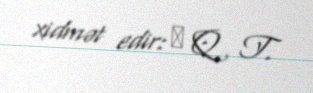
xidmət edir: δ Q T.